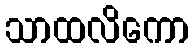
သာထလိကော